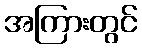
အကြားတွင်